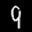
Label: 9